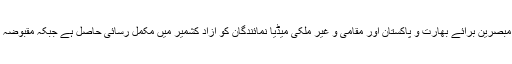
انہوں نے کہا کہ اقوام متحدہ کے فوجی مبصرین برائے بھارت و پاکستان اور مقامی و غیر ملکی میڈیا نمائندگان کو آزاد کشمیر میں مکمل رسائی حاصل ہے جبکہ مقبوضہ کشمیر میں انہیں یہ آزادی حاصل نہیں ۔